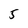
Character: 5